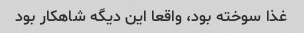
غذا سوخته بود، واقعا این دیگه شاهکار بود